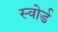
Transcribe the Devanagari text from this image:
स्‍वोर्ड